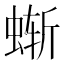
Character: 𰳂